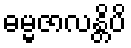
ဓမ္မဇာလန္တိပိ